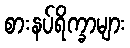
စားနပ်ရိက္ခာများ